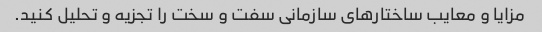
مزایا و معایب ساختارهای سازمانی سفت و سخت را تجزیه و تحلیل کنید.